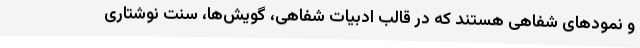
و نمودهای شفاهی هستند که در قالب ادبیات شفاهی، گویش‌ها، سنت نوشتاری